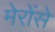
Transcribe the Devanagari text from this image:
मेरोंसे